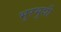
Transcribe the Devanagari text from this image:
भुरभुशी